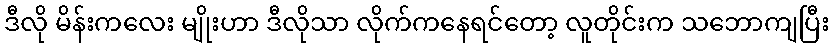
ဒီလို မိန်းကလေး မျိုးဟာ ဒီလိုသာ လိုက်ကနေရင်တော့ လူတိုင်းက သဘောကျပြီး